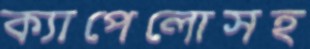
ক্যাপেলোসহ